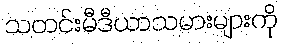
သတင်းမီဒီယာသမားများကို